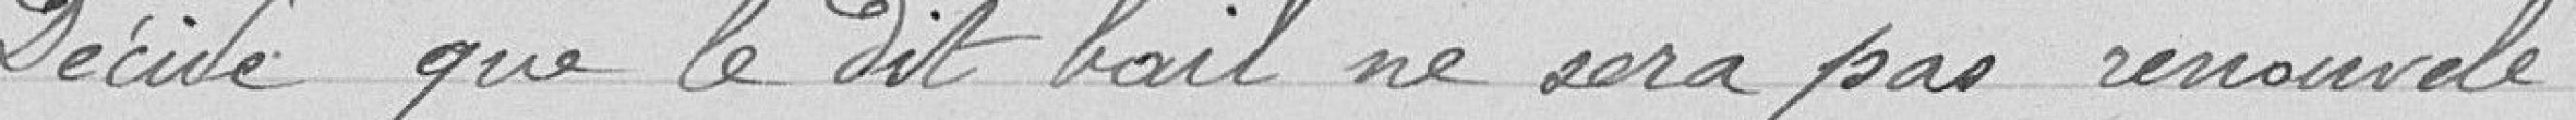
Décide que le dit bail ne sera pas renouvelé.